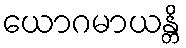
ယောဂမာယန္တိ